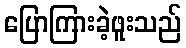
ပြောကြားခဲ့ဖူးသည်